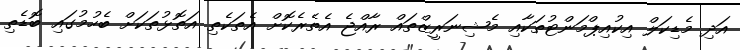
އަދި މެޑިކަލް އިކުއިޕްމަންޓުތަކާއި މެޝިނަރީޒްތައް ރާއްޖެ އެތެރެކޮށް އެތަކެތި އަތޮޅުތަކަށް ބެހުމުގައި ބޮޑެތި